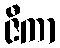
ဇီကာ